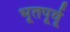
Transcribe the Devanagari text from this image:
भूतपूर्वू